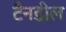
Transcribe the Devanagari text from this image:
टैनडील